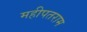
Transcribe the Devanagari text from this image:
महीपतराम